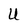
Character: U